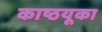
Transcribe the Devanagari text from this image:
काष्ठयूका